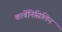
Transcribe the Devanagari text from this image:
कार्बेनिसिलिन